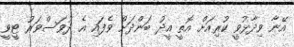
އޭނާ ވިދާޅުވީ ކުރިއަށް އޮތީ އީދު ބަންދަށް ވެފައި އެ ދުވަސްވަރު ޓީވީ